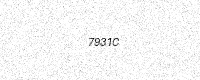
Text: 7931C